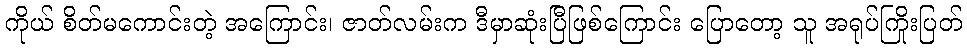
ကိုယ် စိတ်မကောင်းတဲ့ အကြောင်း၊ ဇာတ်လမ်းက ဒီမှာဆုံးပြီဖြစ်ကြောင်း ပြောတော့ သူ အရုပ်ကြိုးပြတ်